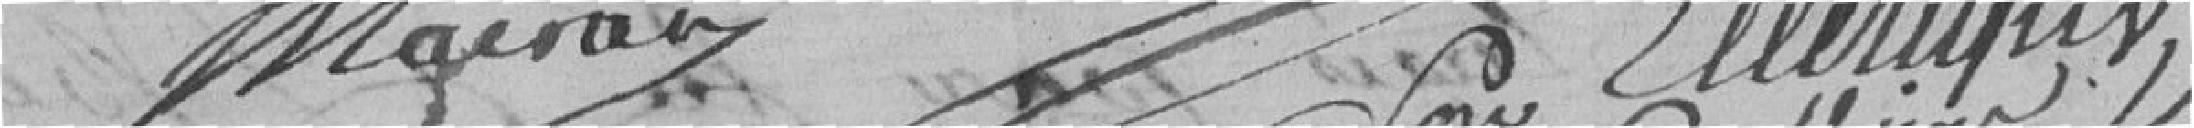
Maison Ellerique